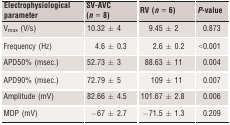
<table><thead><tr><td><b>Electrophysiological parameter</b></td><td><b>SV-AVC (<i>n</i> = 8)</b></td><td><b>RV (<i>n</i> = 6)</b></td><td><b><i>P</i>-value</b></td></tr></thead><tbody><tr><td>V<sub>max</sub> (V/s)</td><td>10.32 ± 4</td><td>9.45 ± 2</td><td>0.873</td></tr><tr><td>Frequency (Hz)</td><td>4.6 ± 0.3</td><td>2.6 ± 0.2</td><td>&lt;0.001</td></tr><tr><td>APD50% (msec.)</td><td>52.73 ± 3</td><td>88.63 ± 11</td><td>0.004</td></tr><tr><td>APD90% (msec.)</td><td>72.79 ± 5</td><td>109 ± 11</td><td>0.007</td></tr><tr><td>Amplitude (mV)</td><td>82.66 ± 4.5</td><td>101.67 ± 2.8</td><td>0.006</td></tr><tr><td>MDP (mV)</td><td>−67 ± 2.7</td><td>−71.5 ± 1.3</td><td>0.209</td></tr></tbody></table>